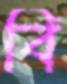
বি